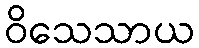
ဝိသေသာယ